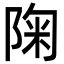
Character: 陱